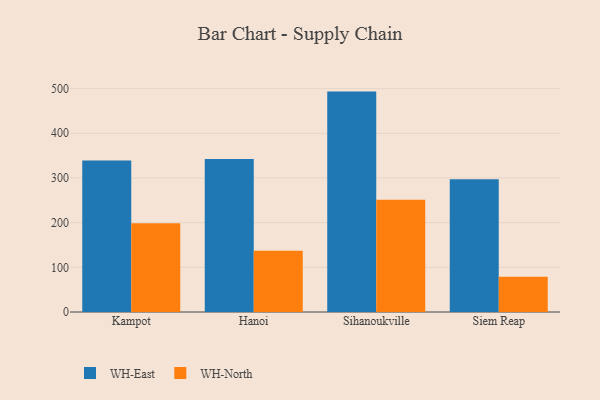
{"axis": {"x": "City", "y": "LTV (USD)"}, "legend": ["WH-East", "WH-North"], "data": [{"x": "Kampot", "y": 339.0, "type": "WH-East"}, {"x": "Kampot", "y": 198.5, "type": "WH-North"}, {"x": "Hanoi", "y": 342.6, "type": "WH-East"}, {"x": "Hanoi", "y": 137.3, "type": "WH-North"}, {"x": "Sihanoukville", "y": 493.3, "type": "WH-East"}, {"x": "Sihanoukville", "y": 251.2, "type": "WH-North"}, {"x": "Siem Reap", "y": 297.1, "type": "WH-East"}, {"x": "Siem Reap", "y": 78.9, "type": "WH-North"}]}